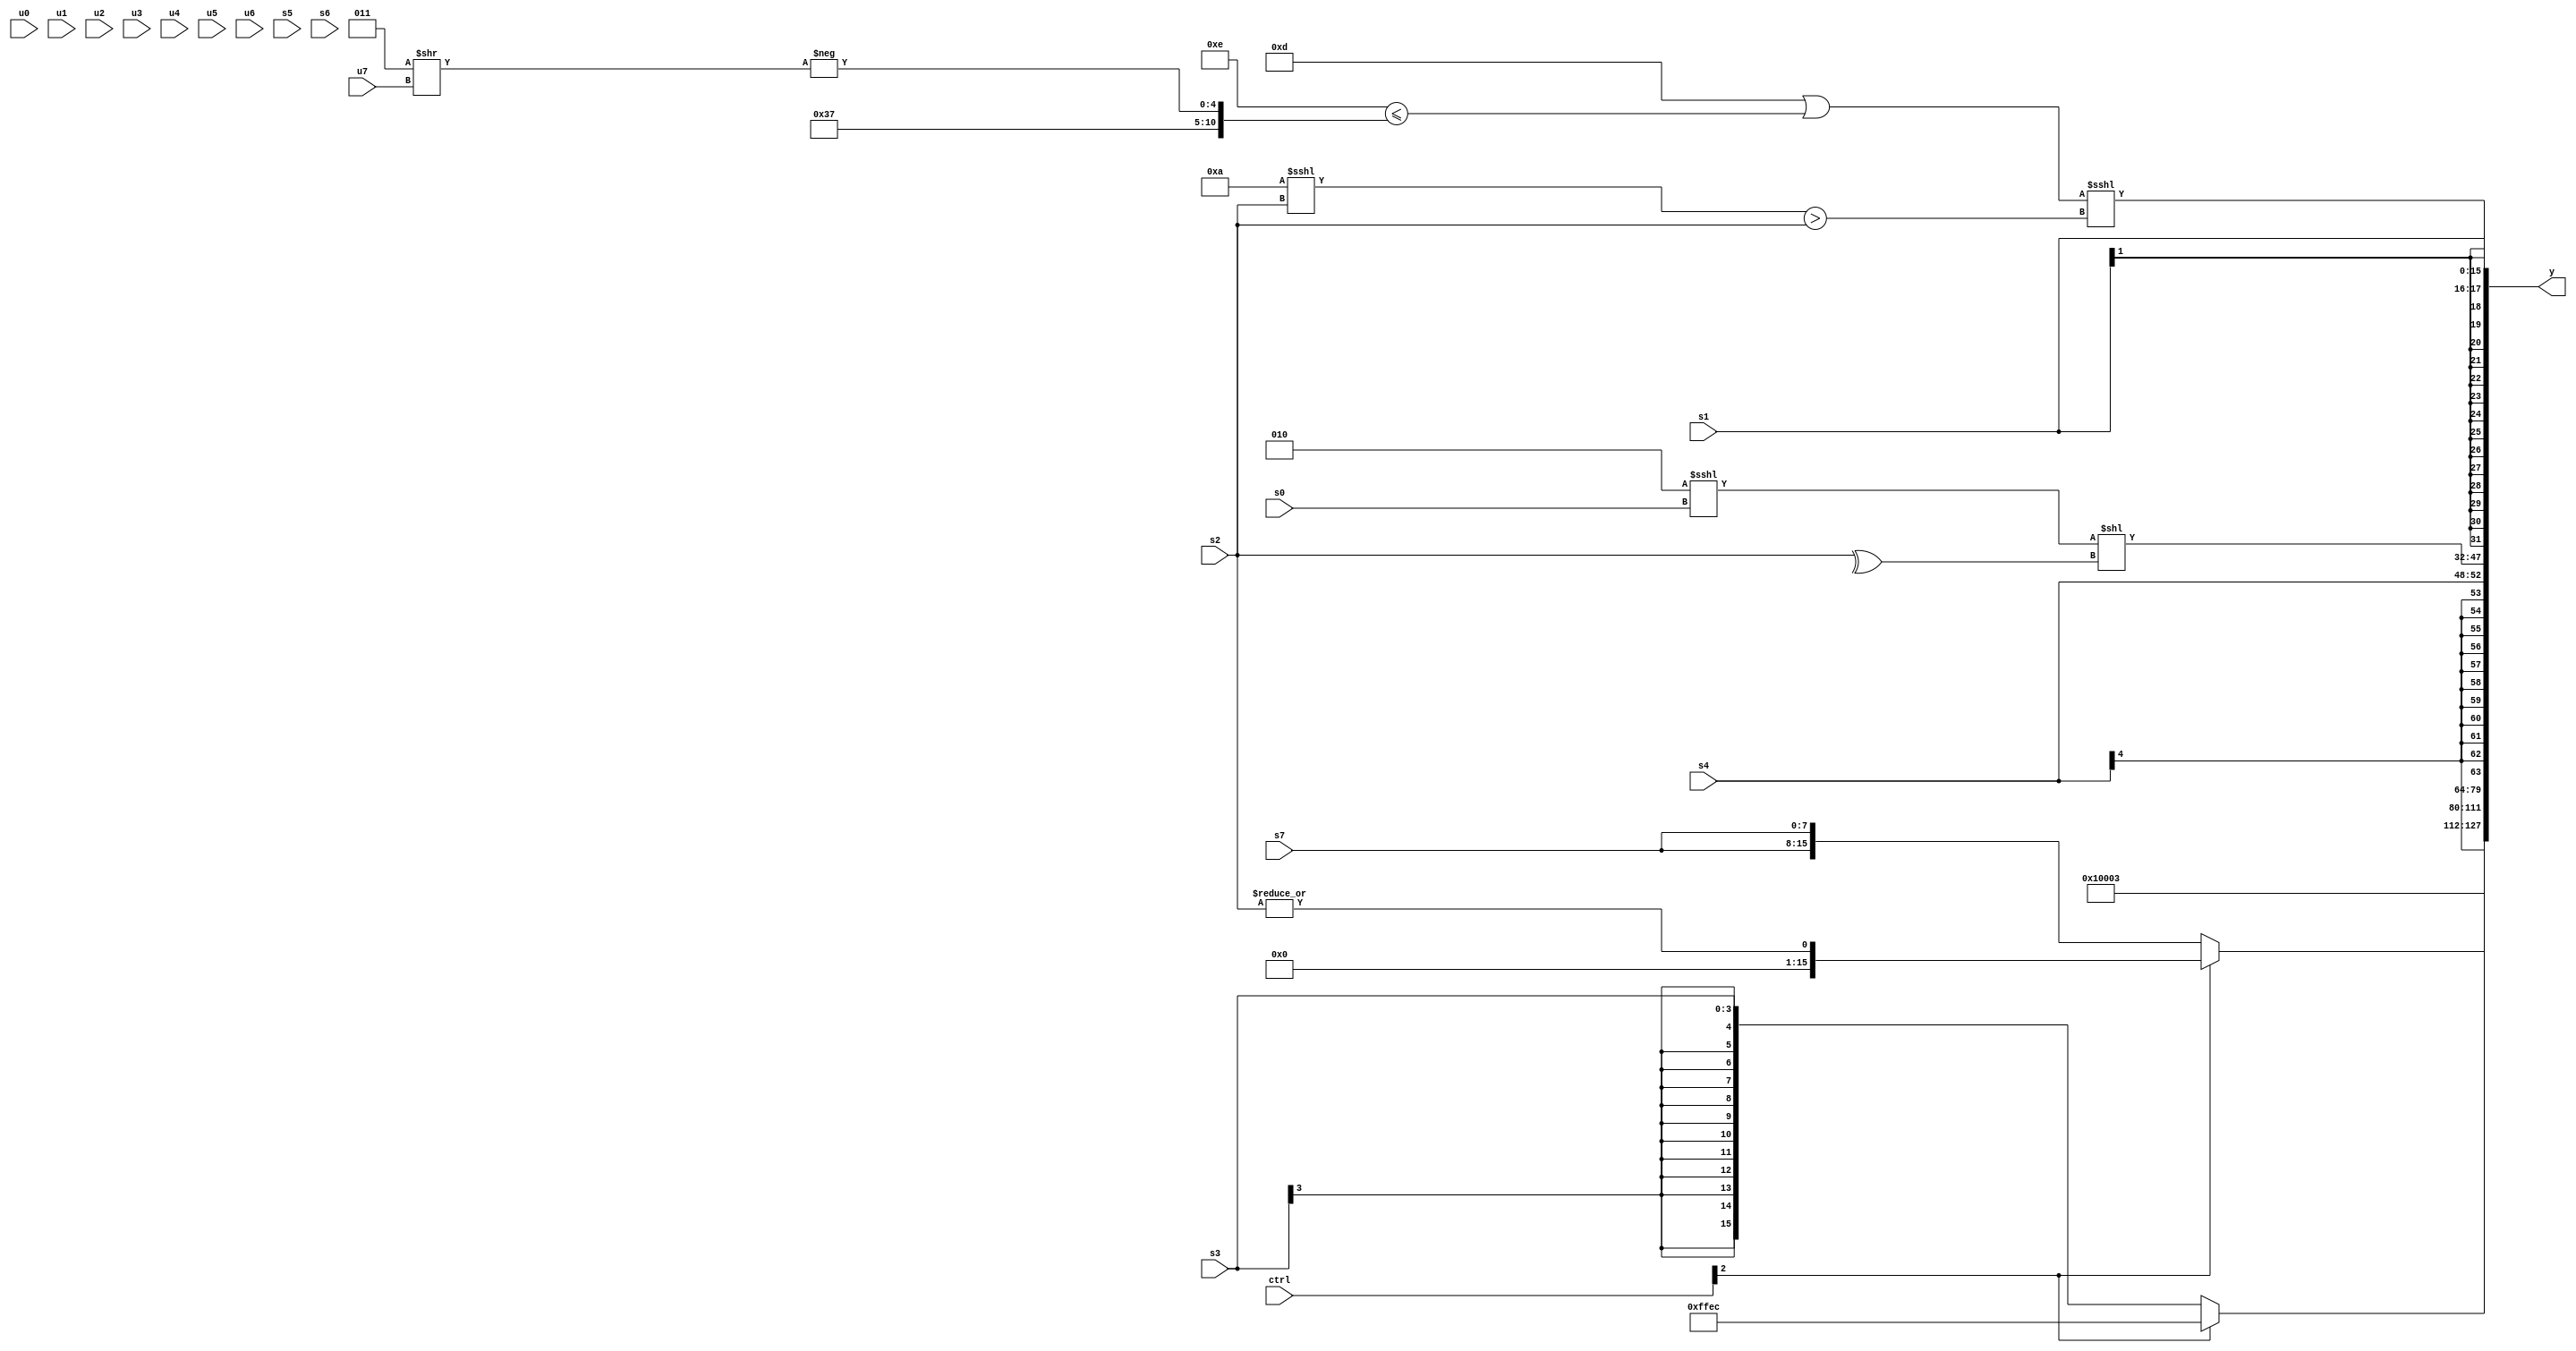
module wideexpr_00523(ctrl, u0, u1, u2, u3, u4, u5, u6, u7, s0, s1, s2, s3, s4, s5, s6, s7, y);
  input [7:0] ctrl;
  input [0:0] u0;
  input [1:0] u1;
  input [2:0] u2;
  input [3:0] u3;
  input [4:0] u4;
  input [5:0] u5;
  input [6:0] u6;
  input [7:0] u7;
  input signed [0:0] s0;
  input signed [1:0] s1;
  input signed [2:0] s2;
  input signed [3:0] s3;
  input signed [4:0] s4;
  input signed [5:0] s5;
  input signed [6:0] s6;
  input signed [7:0] s7;
  output [127:0] y;
  wire [15:0] y0;
  wire [15:0] y1;
  wire [15:0] y2;
  wire [15:0] y3;
  wire [15:0] y4;
  wire [15:0] y5;
  wire [15:0] y6;
  wire [15:0] y7;
  assign y = {y0,y1,y2,y3,y4,y5,y6,y7};
  assign y0 = (ctrl[2]?$signed(6'b101100):s3);
  assign y1 = 4'sb0001;
  assign y2 = $signed((+(1'sb0))+(5'sb00011));
  assign y3 = (ctrl[2]?{|($signed(s2))}:{4{s7}});
  assign y4 = s4;
  assign y5 = ((3'sb010)<<<(s0))<<(-($unsigned($signed(^(+(s2))))));
  assign y6 = s1;
  assign y7 = (($signed(6'sb001101))|((5'b01110)<=({+(6'b110111),-((+(5'sb00011))>>(u7))})))<<<((($signed((6'sb101010)^($signed(6'sb010000))))<<<(s2))>(s2));
endmodule